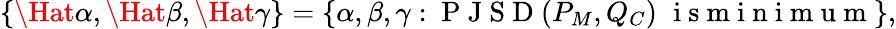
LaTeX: \{ \Hat{\alpha},\Hat{\beta},\Hat{\gamma}\} =\{ \alpha,\beta,\gamma:\mathrm{~P~J~S~D~}(P_{M},Q_{C})\, \, \mathrm{~i~s~m~i~n~i~m~u~m~}\} ,